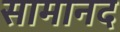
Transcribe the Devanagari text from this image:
सामानद